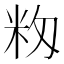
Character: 𥸼